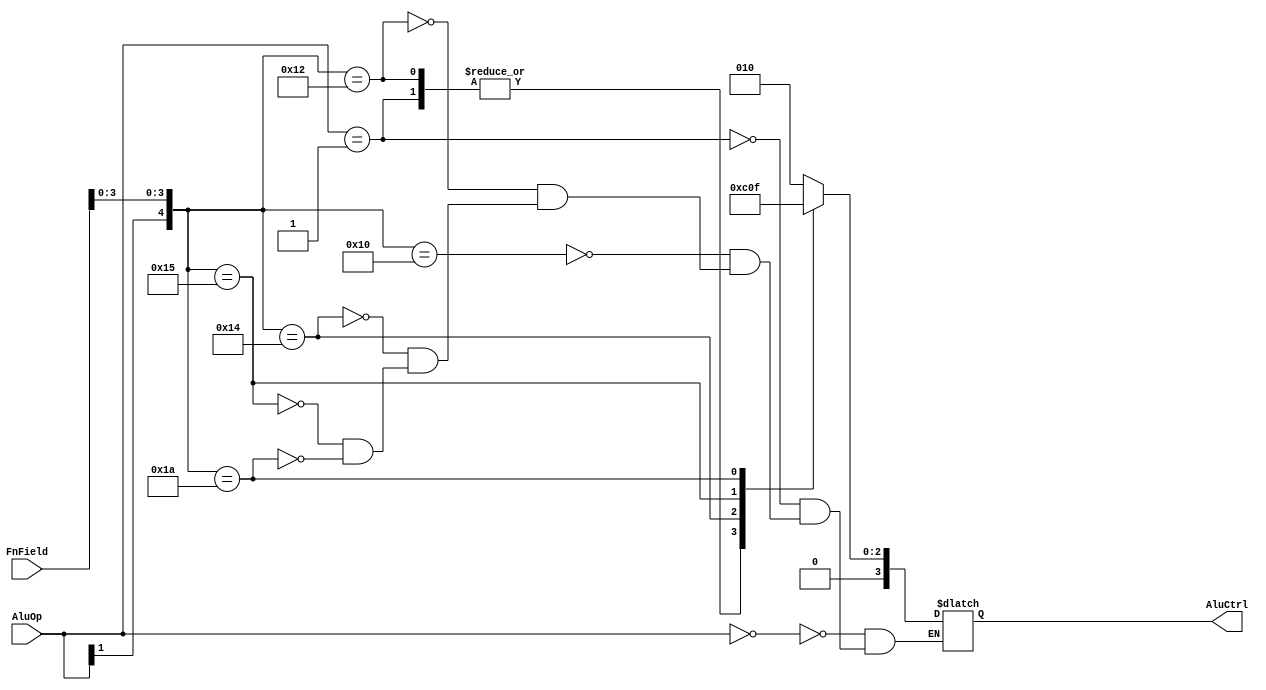
`ifndef __ALUCONTROL_V__
`define __ALUCONTROL_V__

module ALUControl (
	input wire [1:0] AluOp,
	input wire [5:0] FnField, // for R - type instructions
	output reg [3:0] AluCtrl
	);

	always @ (AluOp or FnField)
	begin
		casex({ AluOp, FnField })
			8'b00_xxxxxx: AluCtrl <= 4'b0010; // lw / sw
			8'b01_xxxxxx: AluCtrl <= 4'b0110; // beq
			8'b1x_xx0000: AluCtrl <= 4'b0010; // add
			8'b1x_xx0010: AluCtrl <= 4'b0110; // sub
			8'b1x_xx0100: AluCtrl <= 4'b0000; // and
			8'b1x_xx0101: AluCtrl <= 4'b0001; // or
			8'b1x_xx1010: AluCtrl <= 4'b0111; // slt
		endcase
	end

endmodule

`endif /*__ALUCONTROL_V__*/